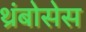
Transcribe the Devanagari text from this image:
थ्रंबोसेस